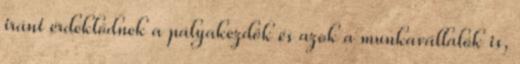
iránt érdeklődnek a pályakezdők és azok a munkavállalók is,